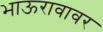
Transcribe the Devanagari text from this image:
भाऊरावावर